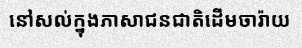
នៅសល់ក្នុងភាសាជនជាតិដើមចារ៉ាយ